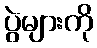
ပွဲများကို